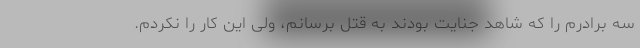
سه برادرم را که شاهد جنایت بودند به قتل برسانم، ولی این کار را نکردم.